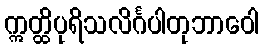
ဣတ္ထိပုရိသလိင်္ဂပါတုဘာဝေါ